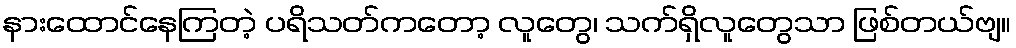
နားထောင်နေကြတဲ့ ပရိသတ်ကတော့ လူတွေ၊ သက်ရှိလူတွေသာ ဖြစ်တယ်ဗျ။